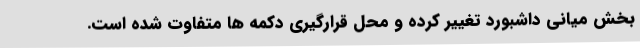
بخش میانی داشبورد تغییر کرده و محل قرارگیری دکمه ها متفاوت شده است.